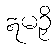
ဣမဉှိ